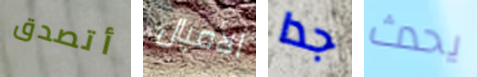
أتصدق الأميال جدا يحدث